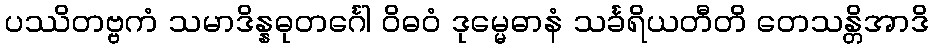
ပဿိတဗ္ဗကံ သမာဒိန္နဓုတင်္ဂေါ ဝိဓဝံ ဒုမ္မေဓာနံ သင်္ခရိယတီတိ တေသန္တိအာဒိ